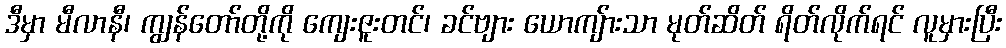
ဒီမှာ မီလာနီ၊ ကျွန်တော်တို့ကို ကျေးဇူးတင်၊ ခင်ဗျား ယောကျ်ားသာ မုတ်ဆိတ် ရိတ်လိုက်ရင် လူမှားပြီး